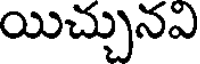
యిచ్చునవి